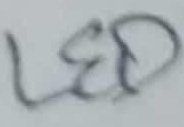
Text: LED1